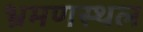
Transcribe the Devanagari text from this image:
भ्रमणस्‍थल